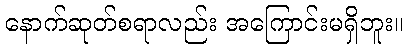
နောက်ဆုတ်စရာလည်း အကြောင်းမရှိဘူး။